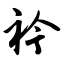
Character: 衿